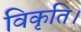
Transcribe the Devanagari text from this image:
विकृति।